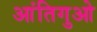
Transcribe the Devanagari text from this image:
आंतिगुओ